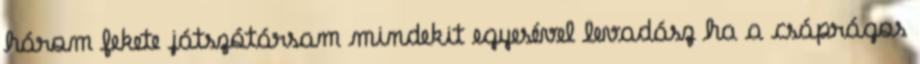
három fekete játszótársam mindekit egyesével levadász ha a csáprágos